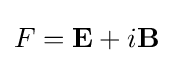
F=\mathbf {E} +i\mathbf {B} ^{\,}